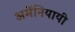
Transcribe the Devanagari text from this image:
अर्मेनियायी